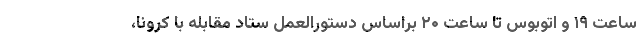
ساعت ۱۹ و اتوبوس تا ساعت ۲۰ براساس دستورالعمل ستاد مقابله با کرونا،